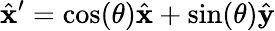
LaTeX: \hat{\mathbf{x}}^{\prime}=\cos(\theta)\hat{\mathbf{x}}+\sin(\theta)\hat{\mathbf{y}}